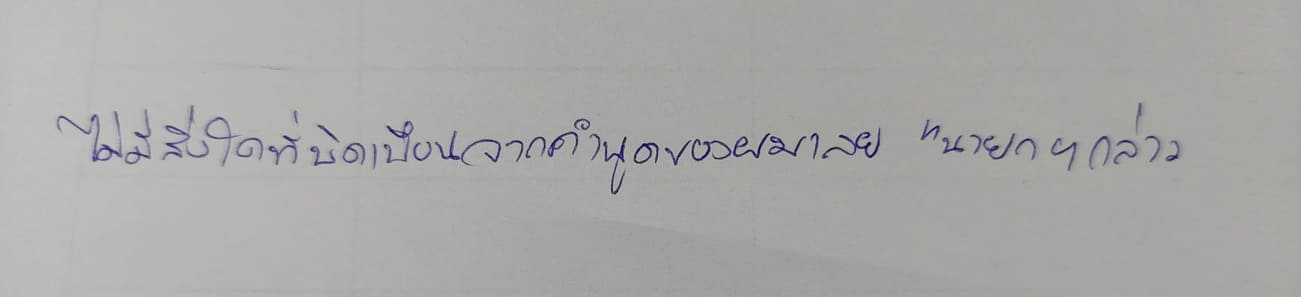
ไม่มีสิ่งใดที่บิดเบือนจากคำพูดของผมเลย"นายกฯกล่าว